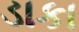
ડાકા